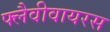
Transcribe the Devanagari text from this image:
फ्लैवीवायरस